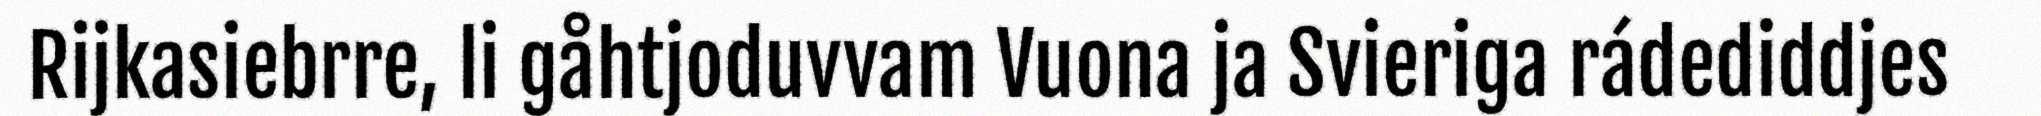
Rijkasiebrre, li gåhtjoduvvam Vuona ja Svieriga rádediddjes